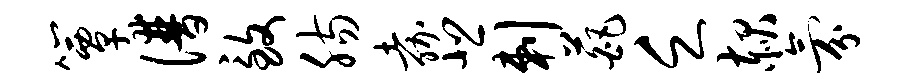
簟谱致肠嘉悲剌葩乏赧氛